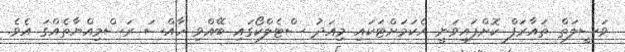
ވަސީލަތް ތައާރަފް ކޮށްފައިވަނީ އެކަމަށްޓަކައި މިއަދު ސްޓެލްކޯގައި ބޭއްވި ހާއްސަ ރަސްމިއްޔާތެއްގަ އެވެ.